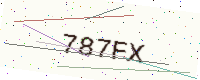
Text: 787FX